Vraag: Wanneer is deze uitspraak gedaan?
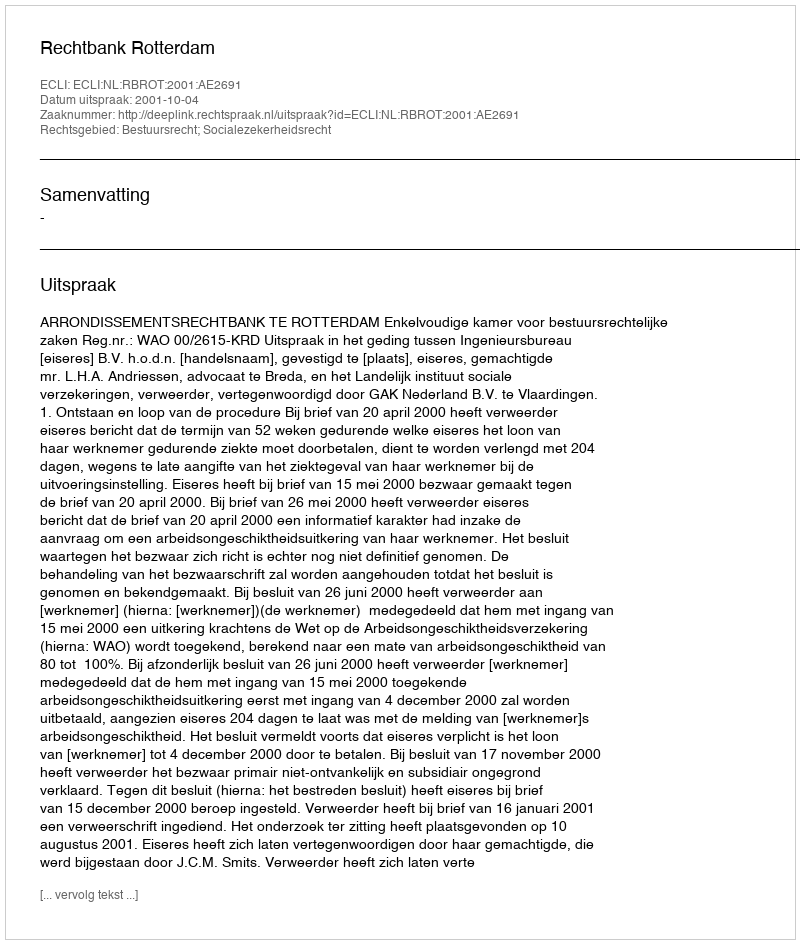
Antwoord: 2001-10-04